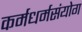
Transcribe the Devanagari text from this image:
कर्मधर्मसंयोग